Riigikantselei, lk 164
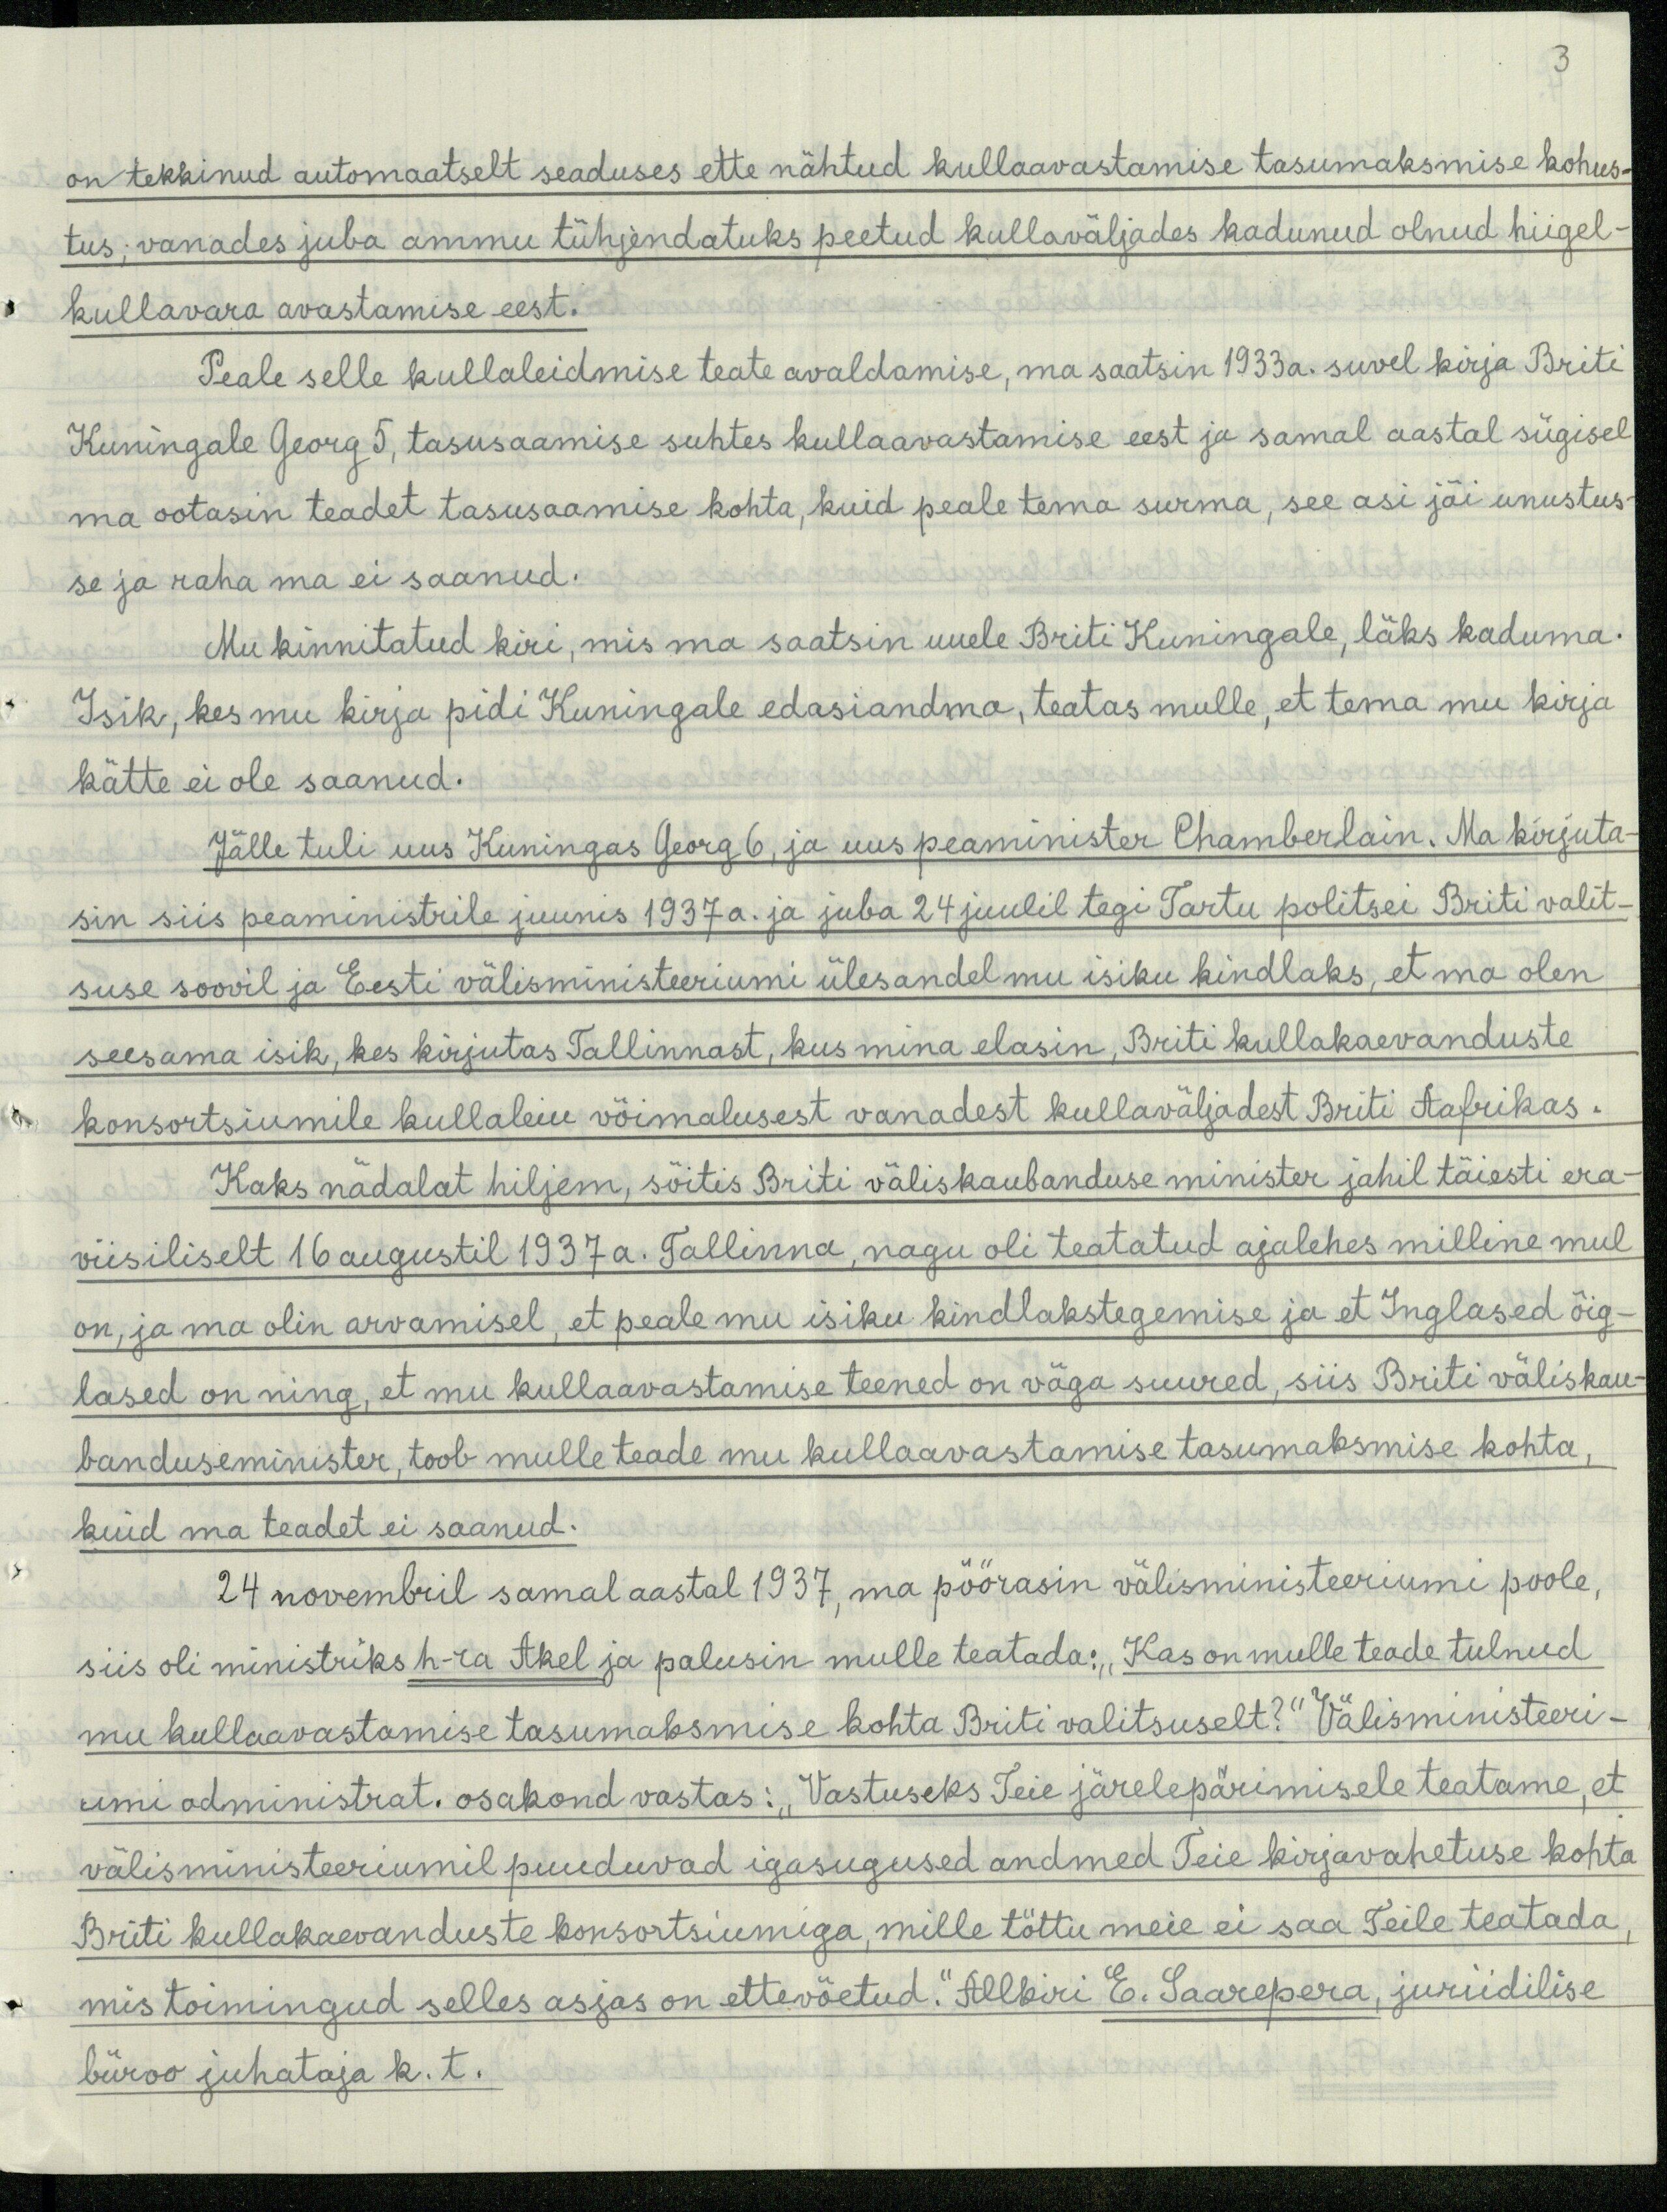
3

on tekkinud automaatselt seaduses ette nähtud kullaavastamise tasumaksmise kohus-
tus; vanades juba ammu tühjendatuks peetud kullaväljades kadunud olnud hiigel-
kullavara avastamise eest.
Peale selle kullaleidmise teate avaldamise, ma saatsin 1933 a. suvel kirja Briti
Kuningale Georg 5, tasusaamise suhtes kullaavastamise eest ja samal aastal sügisel
ma ootasin teadet tasusaamise kohta, kuid peale tema surma, see asi jäi unustus-
se ja raha ma ei saanud.
Mu kinnitatud kiri, mis ma saatsin uuele Briti Kuningale, läks kaduma.
Isik, kes mu kirju pidi Kuningale edasiandma, teatas mulle, et tema mu kirja
kätte ei ole saanud.
Jälle tuli uus Kuningas Georg 6, ja uus peaminister Chamberlain. Ma kirjuta-
sin siis peaministrile juunis 1937 a. ja juba 24 juulil tegi Tartu politsei Briti valit-
suse soovil ja Eesti välisministeeriumi ülesandel mu isiku kindlaks, et ma olen
seesama isik, kes kirjutas Tallinnast, kus mina elasin, Briti kullakaevanduste
konsortsiumile kullaleiu võimalusest vanadest kullaväljadest Briti Aafrikas.
Kaks nädalat hiljem, sõitis Briti väliskaubanduse minister jahil täiesti era-
viisiliselt 16 augustil 1937a. Tallinna, nagu oli teatatud ajalehes milline mul
on, ja ma olin arvamisel, et peale mu isiku kindlakstegemise ja et Inglased õig-
lased on ning, et mu kullaavastamise teened on väga suured, siis Briti väliskau-
banduse minister, toob mulle teade mu kullaavastamise tasumaksmise kohta,
kuid ma teadet ei saanud.
24 novembril samal aastal 1937, ma pöörasin välisministeeriumi poole,
siis oli ministriks h-ra Akel ja palusin mulle teatada. „Kas on mulle teade tulnud
mu kullaavastamise tasumaksmise kohta Briti valitsuselt?" Välisministeeri-
kuni administrat. osakond vastas: "Vastuseks Teie järelepärimisele teatame, et
välisministeeriumil puuduvad igasugused andmed Teie kirjavahetuse kohta
Briti kullakaevanduste konsortsiumiga, mille tõttu meie ei saa Teile teatada.
mis toimingud selles asjas on ettevõetud." Allkiri E. Saarepera, juriidilise
büroo juhataja k. t.